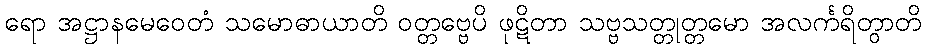
ရော အဋ္ဌာနမေဝေတံ သမောဓာယာတိ ဝတ္တဗ္ဗေပိ ဖုဋိတာ သဗ္ဗသတ္တုတ္တမော အလင်္ကရိတွာတိ